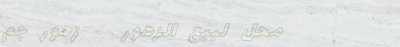
محل لبيع الزهور   زهور جم